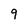
Character: 9